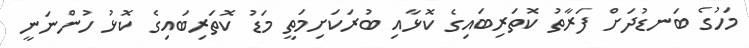
މަހުގެ ބަނޑުދަށް ފަރާތު ކޮތަރިބައިގެ ކޮޅާއި ބުރަކަށިމަތީ މަޑު ކޮތަރިބައިގެ ކޮޅު ހުންނަނީ